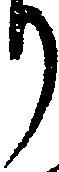
り